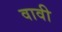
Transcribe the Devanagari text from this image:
वावी